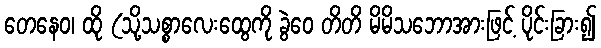
တေနေဝ၊ ထို (သို့သစ္စာလေးထွေကို ခွဲဝေ တိတိ မိမိသဘောအားဖြင့် ပိုင်းခြား၍